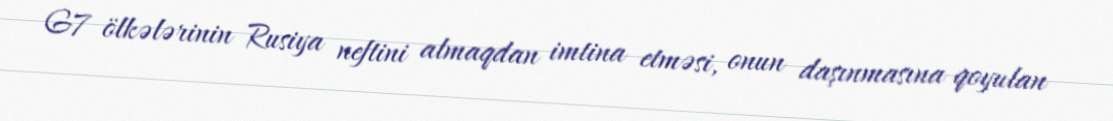
G7 ölkələrinin Rusiya neftini almaqdan imtina etməsi, onun daşınmasına qoyulan